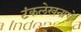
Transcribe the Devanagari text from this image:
टंकलेखनाचे